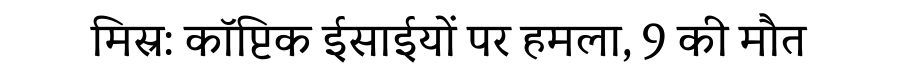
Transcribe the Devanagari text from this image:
मिस्र: कॉप्टिक ईसाईयों पर हमला, 9 की मौत